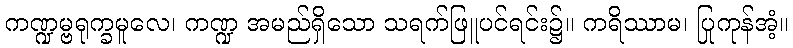
ကဏ္ဍမ္ဗရုက္ခမူလေ၊ ကဏ္ဍ အမည်ရှိသော သရက်ဖြူပင်ရင်း၌။ ကရိဿာမ၊ ပြုကုန်အံ့။